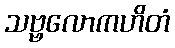
သဗ္ဗလောကဟိတံ